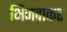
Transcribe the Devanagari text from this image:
भिजवाकर